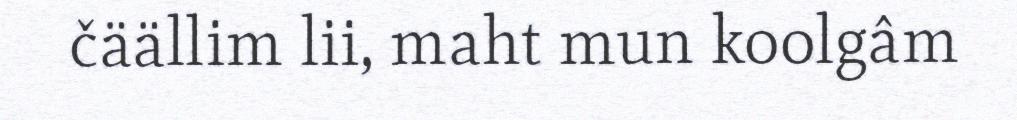
čäällim lii, maht mun koolgâm